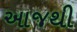
આજથી